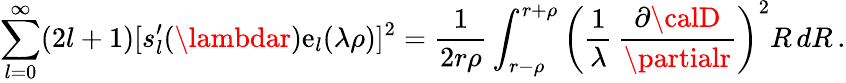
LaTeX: \sum_{l=0}^{\infty}(2l+1)[s_{l}^{\prime}(\lambdar)\mathrm{e}_{l}(\lambda\rho)]^{2}=\frac{{1}}{{2r\rho}}\int_{r-\rho}^{r+\rho}\left(\frac{{1}}{{\lambda}}\, \frac{{\partial{\calD}}}{{\partialr}}\right)^{2}R\, dR\, .